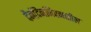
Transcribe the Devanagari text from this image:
दैनंदिनजिवनातील